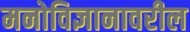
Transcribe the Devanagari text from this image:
मनोविज्ञानावरील